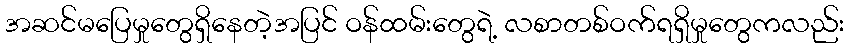
အဆင်မပြေမှုတွေရှိနေတဲ့အပြင် ဝန်ထမ်းတွေရဲ့ လစာတစ်ဝက်ရရှိမှုတွေကလည်း